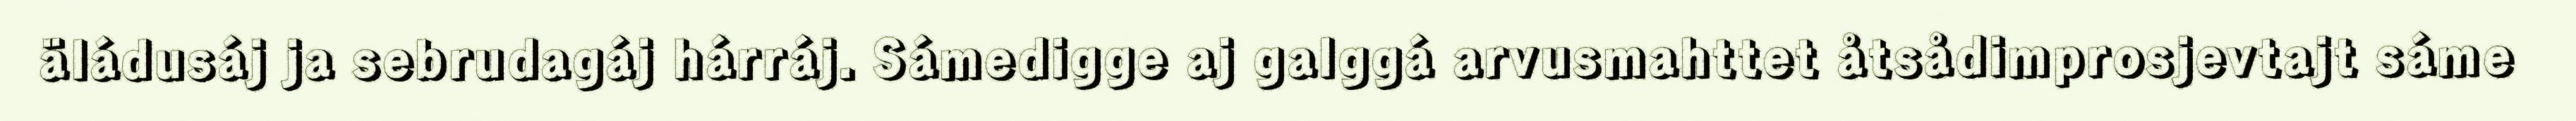
äládusáj ja sebrudagáj hárráj. Sámedigge aj galggá arvusmahttet åtsådimprosjevtajt sáme